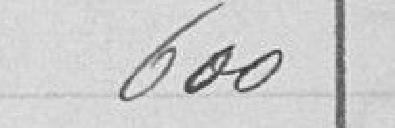
600